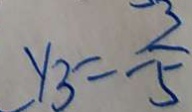
y _ { 3 } = \frac { 3 } { - 5 }